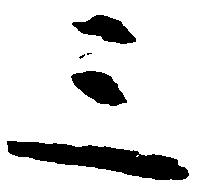
三